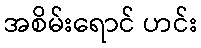
အစိမ်းရောင် ဟင်း